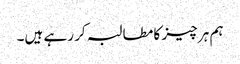
ہم ہر چیز کا مطالبہ کر رہے ہیں۔